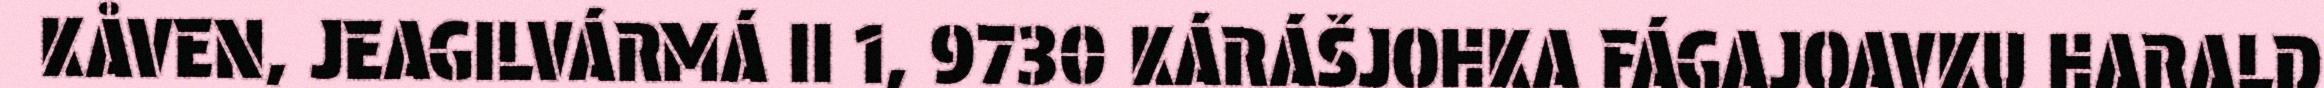
KÅVEN, JEAGILVÁRMÁ II 1, 9730 KÁRÁŠJOHKA FÁGAJOAVKU HARALD